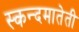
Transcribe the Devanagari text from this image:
स्कन्दमातेती